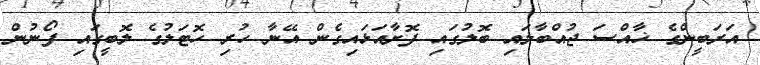
އަރަބީންގެ ޚާއްސަ ޖުއްބާލައި ބޮލުގައި ފޮށާއަޅައިގެން އޭނާ ހުރި ހޮޓަލުގެ ލޮބީގައި ފޯނުން